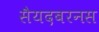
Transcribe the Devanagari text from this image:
सैयदबरनस